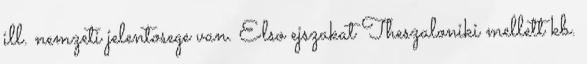
ill. nemzeti jelentosege van. Elso ejszakat Theszaloniki mellett kb.